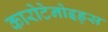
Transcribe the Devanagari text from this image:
कारोटेनोइड्स